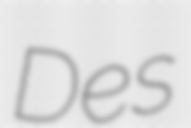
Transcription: Des